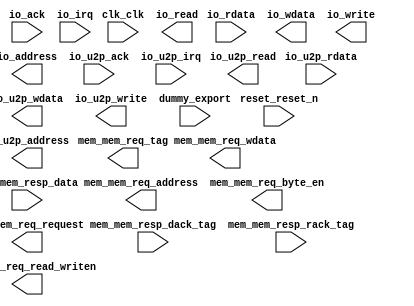
module nios_solo (
	clk_clk,
	io_ack,
	io_rdata,
	io_read,
	io_wdata,
	io_write,
	io_address,
	io_irq,
	io_u2p_ack,
	io_u2p_rdata,
	io_u2p_read,
	io_u2p_wdata,
	io_u2p_write,
	io_u2p_address,
	io_u2p_irq,
	mem_mem_req_address,
	mem_mem_req_byte_en,
	mem_mem_req_read_writen,
	mem_mem_req_request,
	mem_mem_req_tag,
	mem_mem_req_wdata,
	mem_mem_resp_dack_tag,
	mem_mem_resp_data,
	mem_mem_resp_rack_tag,
	reset_reset_n,
	dummy_export);	

	input		clk_clk;
	input		io_ack;
	input	[7:0]	io_rdata;
	output		io_read;
	output	[7:0]	io_wdata;
	output		io_write;
	output	[19:0]	io_address;
	input		io_irq;
	input		io_u2p_ack;
	input	[7:0]	io_u2p_rdata;
	output		io_u2p_read;
	output	[7:0]	io_u2p_wdata;
	output		io_u2p_write;
	output	[19:0]	io_u2p_address;
	input		io_u2p_irq;
	output	[25:0]	mem_mem_req_address;
	output	[3:0]	mem_mem_req_byte_en;
	output		mem_mem_req_read_writen;
	output		mem_mem_req_request;
	output	[7:0]	mem_mem_req_tag;
	output	[31:0]	mem_mem_req_wdata;
	input	[7:0]	mem_mem_resp_dack_tag;
	input	[31:0]	mem_mem_resp_data;
	input	[7:0]	mem_mem_resp_rack_tag;
	input		reset_reset_n;
	input		dummy_export;
endmodule